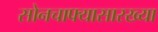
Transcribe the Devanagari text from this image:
सोनचाफ्यासारख्या